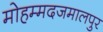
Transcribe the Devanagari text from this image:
मोहम्मदजमालपुर